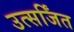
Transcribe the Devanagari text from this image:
उत्सर्जिंत